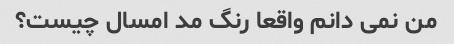
من نمی دانم واقعا رنگ مد امسال چیست؟